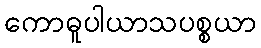
ကောဓူပါယာသပစ္စယာ